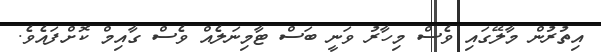
އިތުރުން މާލޭގައި ވެސް މިހާރު ވަނީ ބަސް ޓާމިނަލެއް ވެސް ގާއިމް ކޮށްފައެވެ.